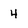
Character: 4